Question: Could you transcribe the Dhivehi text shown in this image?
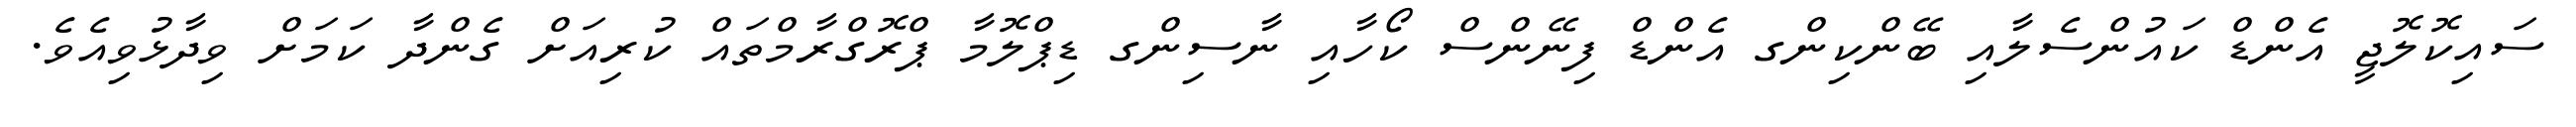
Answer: ސައިކޮލޮޖީ އެންޑް ކައުންސެލާއި ބޭންކިންގ އެންޑް ފިނޭންސް ކޯހާއި ނާސިންގ ޑިޕްލޮމާ ޕްރޮގްރާމްތައް ކުރިއަށް ގެންދާ ކަމަށް ވިދާޅުވިއެވެ.